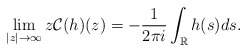
\begin{align*}\lim _{|z| \rightarrow \infty} z \mathcal{C}(h)(z)=-\frac{1}{2 \pi i} \int_{\mathbb{R}} h(s)ds.\end{align*}